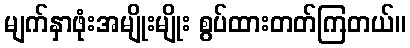
မျက်နှာဖုံးအမျိုးမျိုး စွပ်ထားတတ်ကြတယ်။